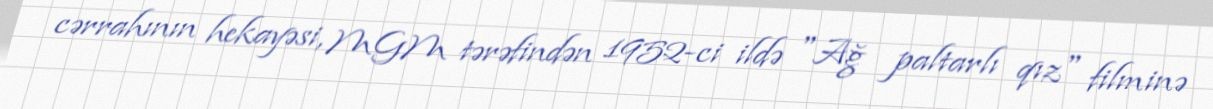
cərrahının hekayəsi, MGM tərəfindən 1952-ci ildə "Ağ paltarlı qız" filminə